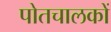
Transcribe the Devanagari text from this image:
पोतचालकों